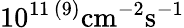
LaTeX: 10^{11\, (9)}\mathrm{{cm}^{-2}\mathrm{{s}^{-1}}}